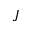
\boldsymbol { J }